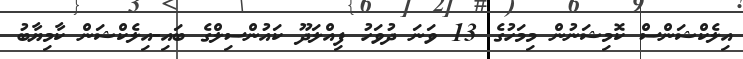
އިލެކްޝަންސް ކޮމިޝަނުން މިމަހުގެ 13 ވަނަ ދުވަހު ފިއްލަދޫ ކައުންސިލްގެ ބައި-އިލެކްޝަން ކާމިޔާބު